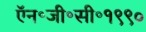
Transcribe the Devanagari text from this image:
ऍन॰जी॰सी॰१९९०